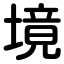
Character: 境